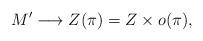
LaTeX: \begin{align*}M'\longrightarrow Z(\pi)=Z\times o(\pi ),\end{align*}